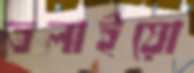
তলাইয়ো